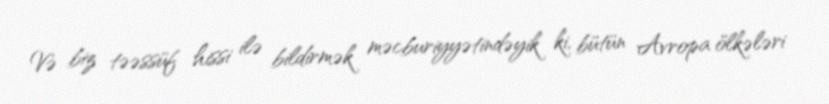
Və biz təəssüf hissi ilə bildirmək məcburiyyətindəyik ki, bütün Avropa ölkələri